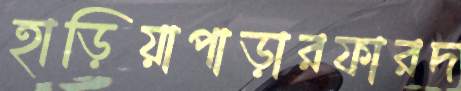
হাড়িয়াপাড়ারফারদ